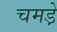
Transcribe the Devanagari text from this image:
चमडे़